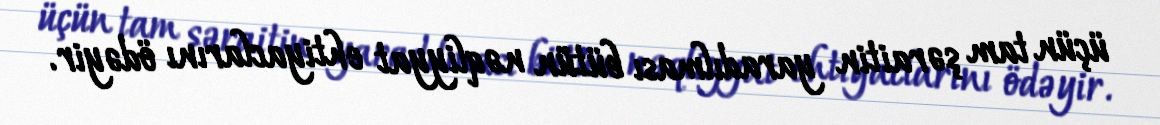
üçün tam şəraitin yaradılması bütün nəqliyyat ehtiyaclarını ödəyir.